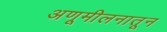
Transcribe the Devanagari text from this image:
अणूमीलनातून